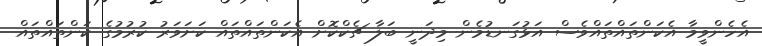
އެހެންވީމާ އެކަންތައްތައްވެސް އަޅުގަނޑުމެން މިދަނީ ބަލާ ޗެކްކޮށް އެކަންތައްތައް ކަށަވަރު ކުރުމުގެ ކަންތައްތައް